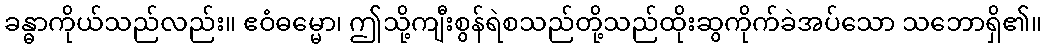
ခန္ဓာကိုယ်သည်လည်း။ ဧဝံဓမ္မော၊ ဤသို့ကျီးစွန်ရဲစသည်တို့သည်ထိုးဆွကိုက်ခဲအပ်သော သဘောရှိ၏။